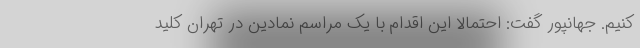
کنیم. جهانپور گفت: احتمالا این اقدام با یک مراسم نمادین در تهران کلید